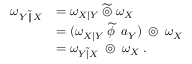
{ \begin{array} { r l } { \omega _ { Y \, { \widetilde { \| } } \, X } } & { = \omega _ { X \mid Y } \; { \widetilde { \circledcirc } } \; \omega _ { X } } \\ & { = ( \omega _ { X \mid Y } \; { \widetilde { \phi \, } } \; a _ { Y } ) \; \circledcirc \; \omega _ { X } } \\ & { = \omega _ { Y { \widetilde { | } } X } \; \circledcirc \; \omega _ { X } \; . } \end{array} }